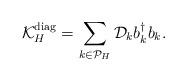
LaTeX: \begin{align*}\mathcal K_H^{\rm{diag}} = \sum_{k \in \mathcal P_H} \mathcal D_k b_k^\dagger b_k.\end{align*}